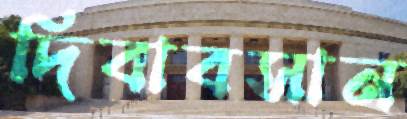
দিবাবসান